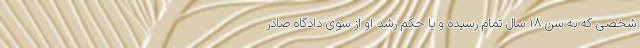
شخصی که به سن ۱۸ سال تمام رسیده و یا حکم رشد او از سوی دادگاه صادر